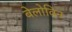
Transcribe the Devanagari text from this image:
बेलोविन